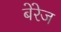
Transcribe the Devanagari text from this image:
बेरेज